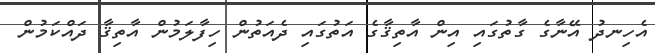
އެހިނދު އޭނާގެ ގާތުގައި އިން އާތިޤާގެ އަތުގައި ދެއަތުން ހިފާލަމުން އާތިޤާ ދައްކަމުން